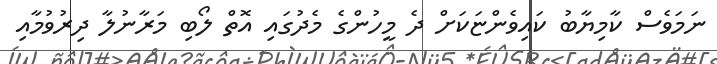
ނަމަވެސް ކާމިޔާބު ކައިވެންޏަކަށް ދެ މީހުންގެ މެދުގައި އޮތް ލޯބި މަރާނުލާ ދިރުވުމާއި